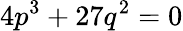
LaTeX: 4p^{3}+27q^{2}=0